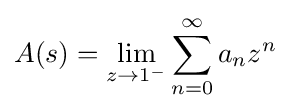
A(s)=\lim _{z\rightarrow 1^{-}}\sum _{n=0}^{\infty }a_{n}z^{n}